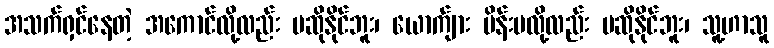
အသက်ရှင်နေတဲ့ အကောင်လို့လည်း မဆိုနိုင်ဘူး၊ ယောက်ျား မိန်းမလို့လည်း မဆိုနိုင်ဘူး၊ သူ့ဟာသူ